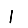
Digit: 1